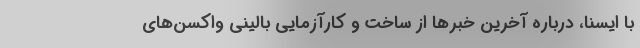
با ایسنا، درباره آخرین خبرها از ساخت و کارآزمایی بالینی واکسن‌های